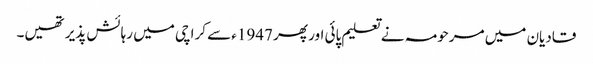
قادیان میں مرحومہ نے تعلیم پائی اور پھر 1947ء سے کراچی میں رہائش پذیر تھیں۔